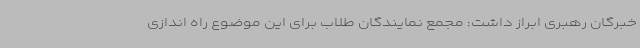
خبرگان رهبری ابراز داشت: مجمع نمایندگان طلاب برای این موضوع راه اندازی